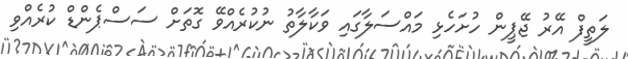
ލަތީފް އޭރު ޖޭޕީން ހުށަހެޅި މައްސަލާގައި ވަކާލާތު ނުކުރެއްވޭ ގޮތަށް ސަސްޕެންޑް ކުރެއްވި